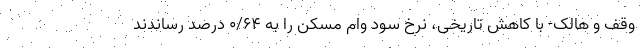
وقف و هالک- با کاهش تاریخی، نرخ سود وام مسکن را به ۰/۶۴ درصد رساندند